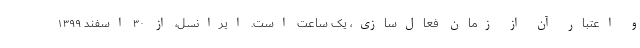
و اعتبار آن از زمان فعال‌سازی، یک ساعت است. ایرانسل، از ۳۰ اسفند ۱۳۹۹